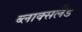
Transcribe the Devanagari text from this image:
ब्लाक्सलैंड